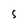
Character: S